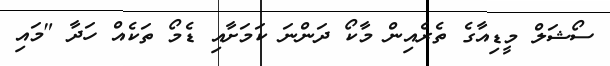
ސޯޝަލް މީޑިއާގެ ތެރެއިން މާކޯ ދަންނަ ކަމަށާއި ޑެމޯ ތަކެއް ހަދާ "މައި